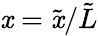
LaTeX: \mathit{x}=\tilde{{\mathit{x}}}/\tilde{{L}}